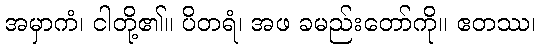
အမှာကံ၊ ငါတို့၏။ ပိတရံ၊ အဖ ခမည်းတော်ကို။ ဧတဿ၊